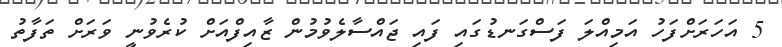
5 އަހަރަށްފަހު އަމިއްލަ ފަސްގަނޑުގައި ފައި ޖައްސާލެވުމުން ޒާއިފްއަށް ކުރެވުނީ ވަރަށް ތަފާތު